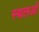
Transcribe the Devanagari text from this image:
स्थलओं